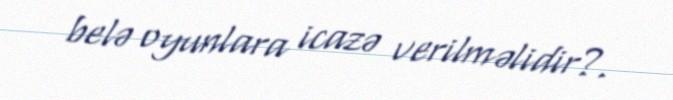
belə oyunlara icazə verilməlidir?.